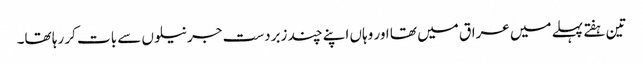
تین ہفتے پہلے میں عراق میں تھا اور وہاں اپنے چند زبردست جرنیلوں سے بات کر رہا تھا۔